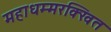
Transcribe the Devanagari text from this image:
महाधम्मरक्खित